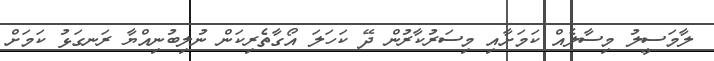
ލާމަސީލު މިސާލެއް ކަމަށާއި މިސަރުކާރުން ދޭ ކަހަލަ އޯގާތެރިކަން ނުލިބުނިއްޔާ ރަނގަޅު ކަމަށް